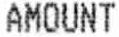
AMOUNT